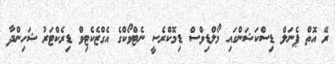
ރޭ އޮތް ޕެނަލް ޑިސްކަޝަންގައި މޯލްޑިވްސް ޑިމޮކްރެސީ ނެޓްވޯކްގެ އެގްޒެކެޓިވް ޑިރެކްޓަރު ޝަހިންދާ